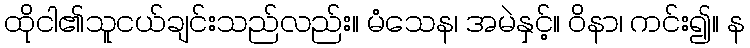
ထိုငါ၏သူငယ်ချင်းသည်လည်း။ မံသေန၊ အမဲနှင့်။ ဝိနာ၊ ကင်း၍။ န